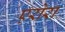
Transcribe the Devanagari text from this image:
एरोरा